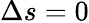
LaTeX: \Delta s=0